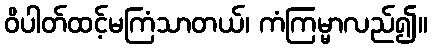
ဝိပါတ်ထင့်မကြံသာတယ်၊ ကံကြမ္မာလည်၍။